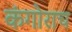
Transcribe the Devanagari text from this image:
कंगोराच